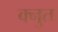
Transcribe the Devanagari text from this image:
क्नुत